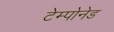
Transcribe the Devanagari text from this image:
टेम्पोनेड